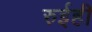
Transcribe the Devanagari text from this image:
रुईही